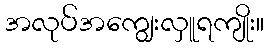
အလုပ်အကျွေးလှူရကျိုး။